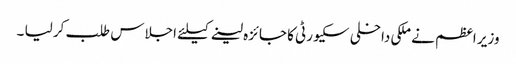
وزیر اعظم نے ملکی داخلی سکیورٹی کا جائزہ لینے کیلئے اجلاس طلب کر لیا ۔